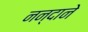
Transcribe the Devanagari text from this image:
नन्दाने